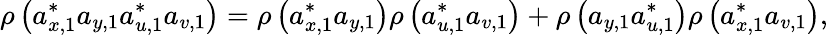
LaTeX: \rho\left(a_{x,1}^{\ast}a_{y,1}a_{u,1}^{\ast}a_{v,1}\right)=\rho\left(a_{x,1}^{\ast}a_{y,1}\right)\rho\left(a_{u,1}^{\ast}a_{v,1}\right)+\rho\left(a_{y,1}a_{u,1}^{\ast}\right)\rho\left(a_{x,1}^{\ast}a_{v,1}\right),